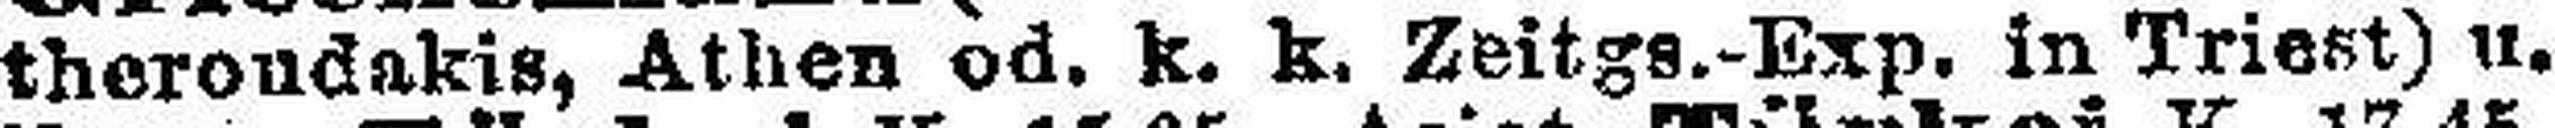
theroudakis, Athen od. k. k. Zeitgs.-Exp. in Triest) u.